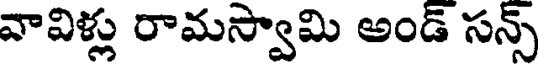
వావిళ్లు రామస్వామి అండ్ సన్స్